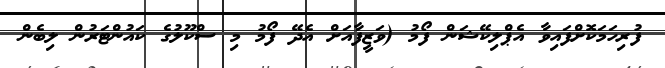
ފުރިހަމަކޮށްފައިވާ އެޕްލިކޭޝަން ފޯމު (ވަޒީފާއަށް އެދޭ ފޯމު މި ސްކޫލުގެ ކައުންޓަރުން ލިބެން